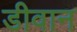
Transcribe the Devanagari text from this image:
डीवान